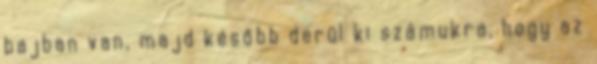
bajban van, majd később derül ki számukra, hogy az